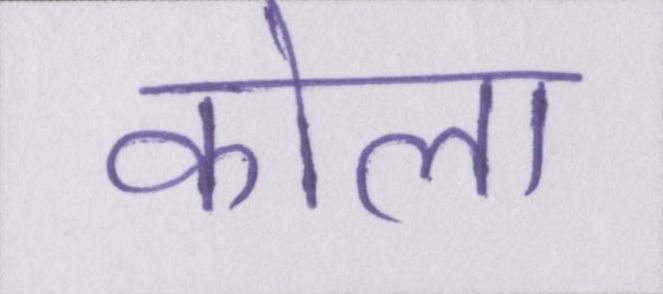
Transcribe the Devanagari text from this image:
कोला